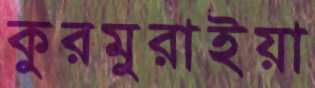
কুরমুরাইয়া